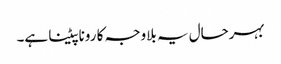
بہرحال یہ بلاوجہ کا رونا پیٹنا ہے۔